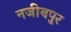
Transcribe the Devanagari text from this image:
नजीबपुर